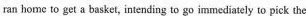
ran home to get a basket, intending to go immediately to pick the